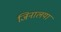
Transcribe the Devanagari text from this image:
जिनालया